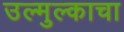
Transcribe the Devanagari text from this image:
उल्मुल्काचा